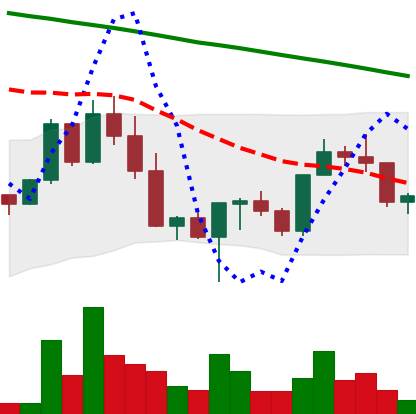
Ticker: NEO-USD
Chart end date: 2022-03-05
Forward return: -5.081%
Label: down_5_7